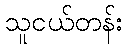
သူငယ်တန်း